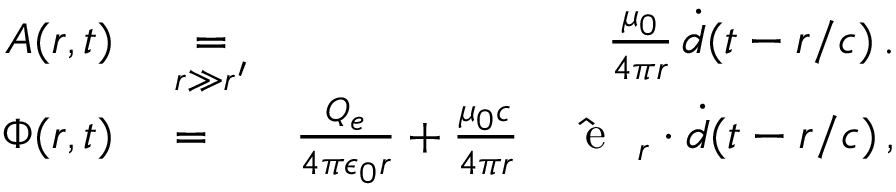
\begin{array} { r l r } { \boldsymbol { A } ( \boldsymbol { r } , t ) } & { { } \underset { r \gg r ^ { \prime } } { = } } & { \frac { \mu _ { 0 } } { 4 \pi r } \, \boldsymbol { \dot { d } } ( t - r / c ) \, . } \\ { \Phi ( \boldsymbol { r } , t ) } & { { } = } & { \frac { Q _ { e } } { 4 \pi \epsilon _ { 0 } r } + \frac { \mu _ { 0 } c } { 4 \pi r } \, \, \hat { \mathrm { ~ \textbf ~ { ~ e ~ } ~ } } _ { r } \cdot \boldsymbol { \dot { d } } ( t - r / c ) \, , } \end{array}